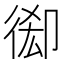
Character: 𢔘